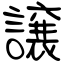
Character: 譲